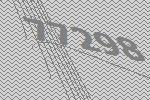
77298